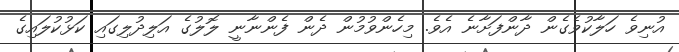
އުނިވެ ހަލާކުވެގެން ދާންފަށާނެ އެވެ. މިހެންވުމުން ދެން ފެންނާނީ ލޮލުގެ އަލިދުލިގައި ކަޅުކުލައިގެ